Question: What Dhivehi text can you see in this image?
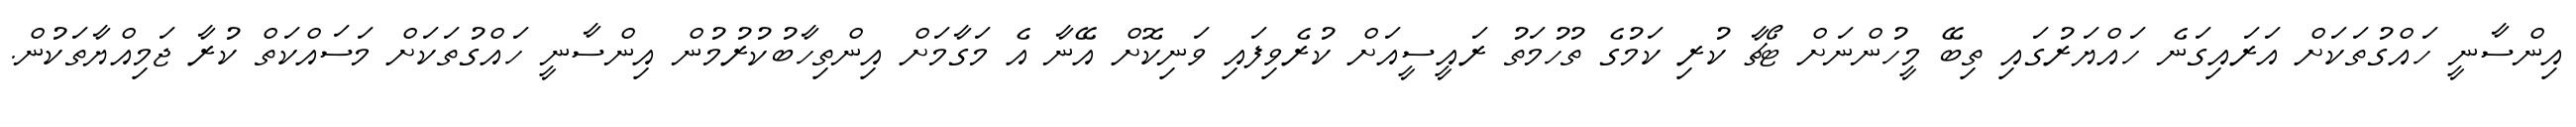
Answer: އިންސާނީ ހައްގުތަކަށް އަރައިގަނެ ހައްޔަރުގައި ތިބޭ މީހުންނަށް ޓޯޗާ ކުރި ކަމުގެ ތުހުމަތު ރައީސީއަށް ކުރެވިފައި ވަނިކޮށް އޭނާ އެ މަގާމަށް އިންތިހާބުކުރުމުން އިންސާނީ ހައްގުތަކަށް މަސައްކަތް ކުރާ ޖަމިއްޔާތަކުން.